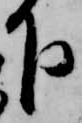
下